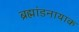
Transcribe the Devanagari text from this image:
ब्रह्मांडनायाक